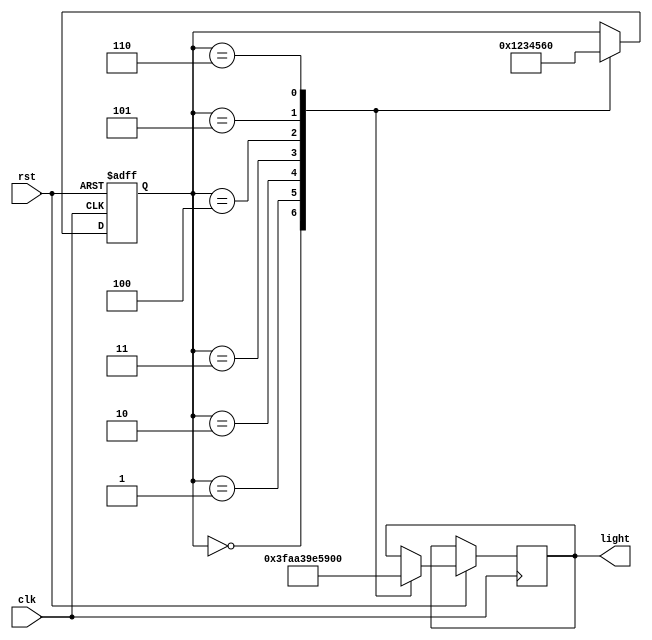
`timescale 1ns / 1ps
//////////////////////////////////////////////////////////////////////////////////
// Company: 
// Engineer: 
// 
// Design Name: 
// Module Name:    primitive 
// Project Name: 
// Target Devices: 
// Tool versions: 
// Description: 
//
// Dependencies: 
//
// Revision: 
// Revision 0.01 - File Created
// Additional Comments: 
//
//////////////////////////////////////////////////////////////////////////////////
module state(input clk,rst, output reg [5:0] light
    );
	 
	 reg [3:0] state;
	 parameter s0 = 0,s1 = 1,s2 = 2,s3 = 3,s4 = 4,s5 = 5,s6 = 6;
	 always @(posedge clk or negedge rst ) begin
		if (!rst)
			state <=s0;
		else case(state)
			s0: begin
				state <=s1;
				light = 6'b111111;
			end
			s1: begin
				state<=s2;
				light = 6'b101010;
			end
			s2: begin
				state<=s3;
				light = 6'b100011;
			end
			s3: begin
				state<=s4;
				light = 6'b100111;
			end
			s4: begin
				state<=s5;
				light = 6'b100101;
			end
			s5: begin
				state<=s6;
				light = 6'b100100;
			end
			s6: begin
				state<=s0;
				light = 6'b000000;
			end
		endcase
			end		
endmodule